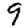
Digit: 9